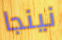
نينجا